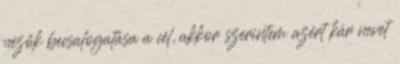
nézők becsalogatása a cél, akkor szerintem azért kár nevet